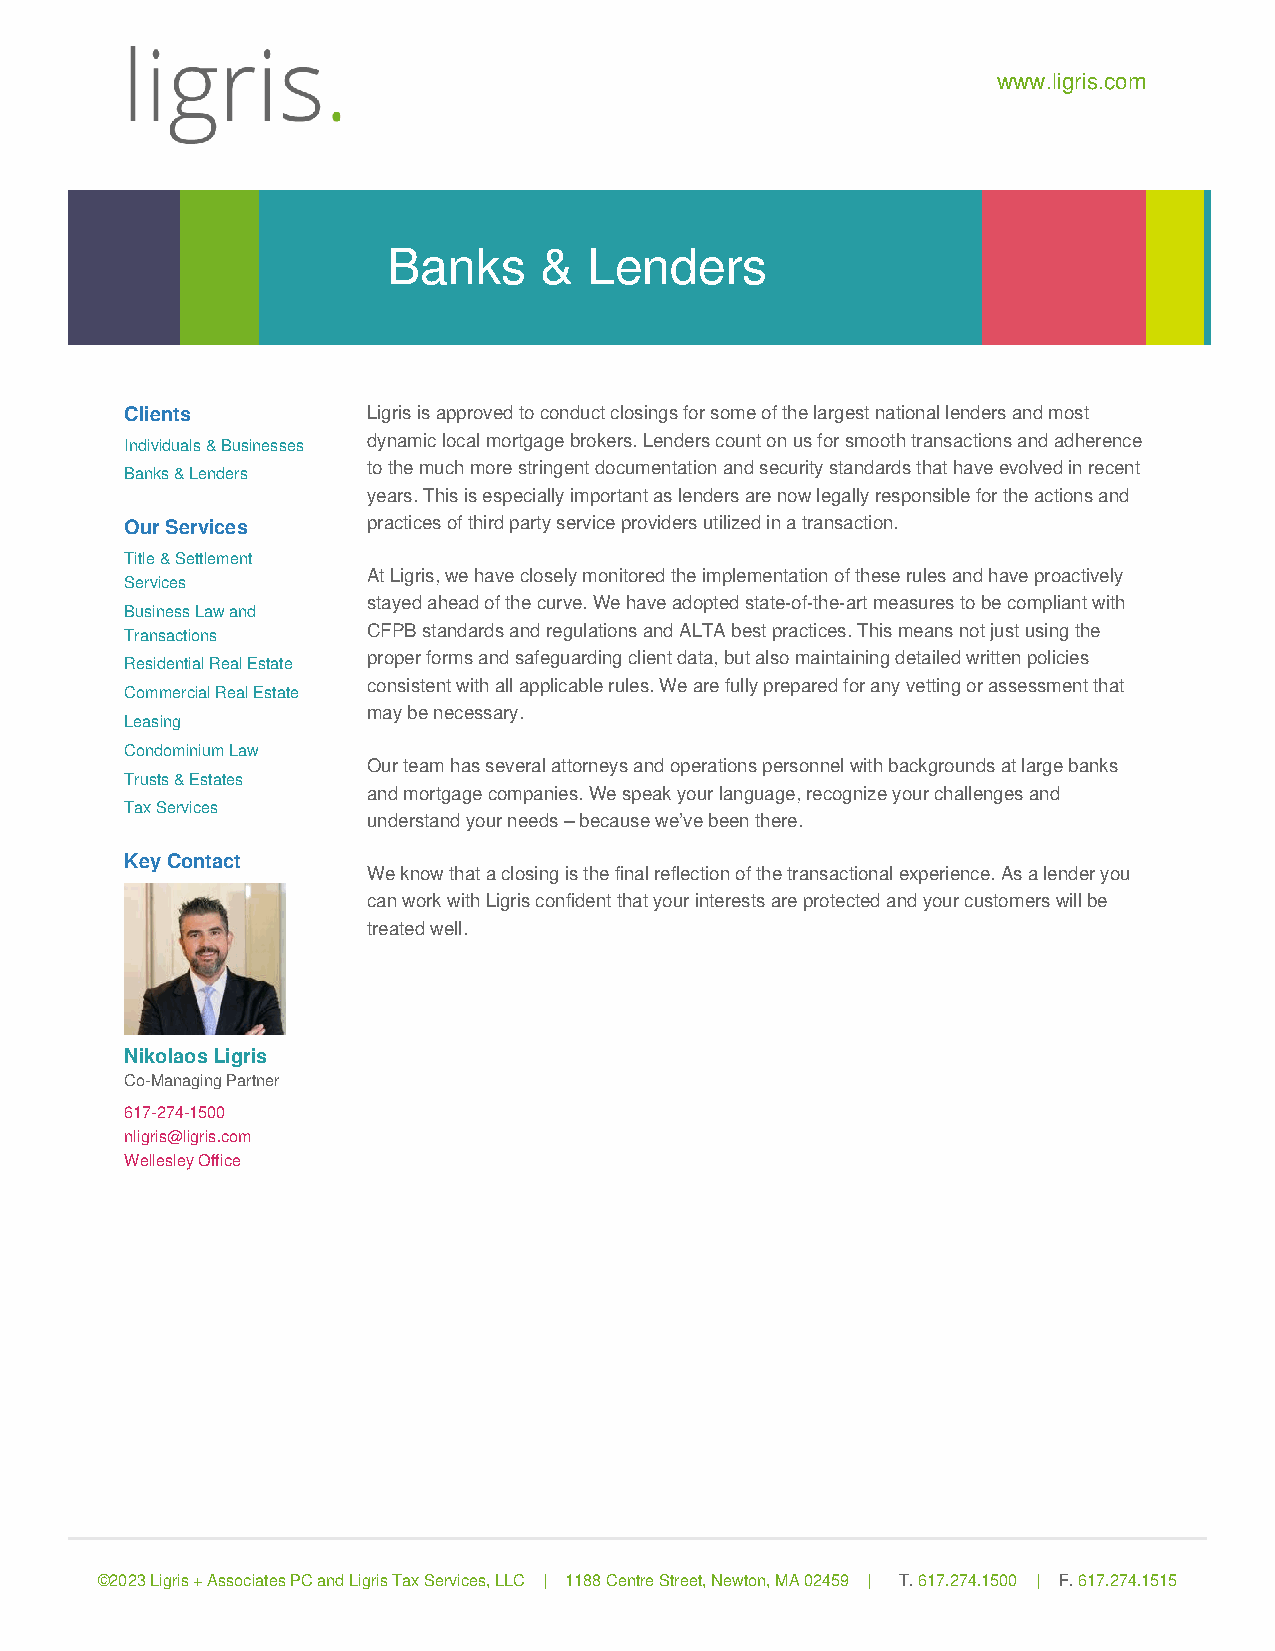
www.ligris.com
 Banks     &  Lenders
 Clients         Ligris is approved to conduct closings for some of the largest national lenders and most
 Individuals & Businesses dynamic local mortgage brokers. Lenders count on us for smooth transactions and adherence
 to the much more stringent documentation and security standards that have evolved in recent
 Banks & Lenders
 years. This is especially important as lenders are now legally responsible for the actions and
 Our Services    practices of third party service providers utilized in a transaction.
 Title & Settlement
 At Ligris, we have closely monitored the implementation of these rules and have proactively
 Services
 stayed ahead of the curve. We have adopted state-of-the-art measures to be compliant with
 Business Law and
 Transactions    CFPB standards and regulations and ALTA best practices. This means not just using the
 proper forms and safeguarding client data, but also maintaining detailed written policies
 Residential Real Estate
 consistent with all applicable rules. We are fully prepared for any vetting or assessment that
 Commercial Real Estate
 may be necessary.
 Leasing
 Condominium Law
 Our team has several attorneys and operations personnel with backgrounds at large banks
 Trusts & Estates
 and mortgage companies. We speak your language, recognize your challenges and
 Tax Services
 understand your needs – because we’ve been there.
 Key Contact
 We know that a closing is the final reflection of the transactional experience. As a lender you
 can work with Ligris confident that your interests are protected and your customers will be
 treated well.
 Nikolaos Ligris
 Co-Managing Partner
 617-274-1500
 nligris@ligris.com
 Wellesley Office
 ©2023 Ligris + Associates PC and Ligris Tax Services, LLC | 1188 Centre Street, Newton, MA 02459 | T. 617.274.1500 | F. 617.274.1515